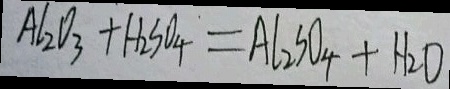
A l _ { 2 } O _ { 3 } + H _ { 2 } S O _ { 4 } = A l _ { 2 } S O _ { 4 } + H _ { 2 } O